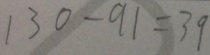
1 3 0 - 9 1 = 3 9